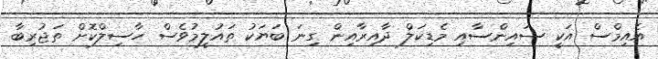
އެއިމްސް އަކީ ސައިންސާއި މެޑިކަލް ދާއިރާއިން ގިނަ ބަޔަކު ތައުލީމުވެސް ހާސިލްކޮށް ތަޖުރިބާ